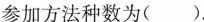
参加方法种数为( ).